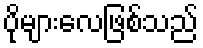
ပိုများလေဖြစ်သည်